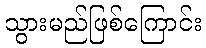
သွားမည်ဖြစ်ကြောင်း